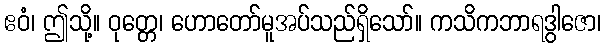
ဧဝံ၊ ဤသို့။ ဝုတ္တေ၊ ဟောတော်မူအပ်သည်ရှိသော်။ ကသိကဘာရဒွါဇော၊